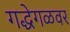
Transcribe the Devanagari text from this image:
गद्धेगळवर